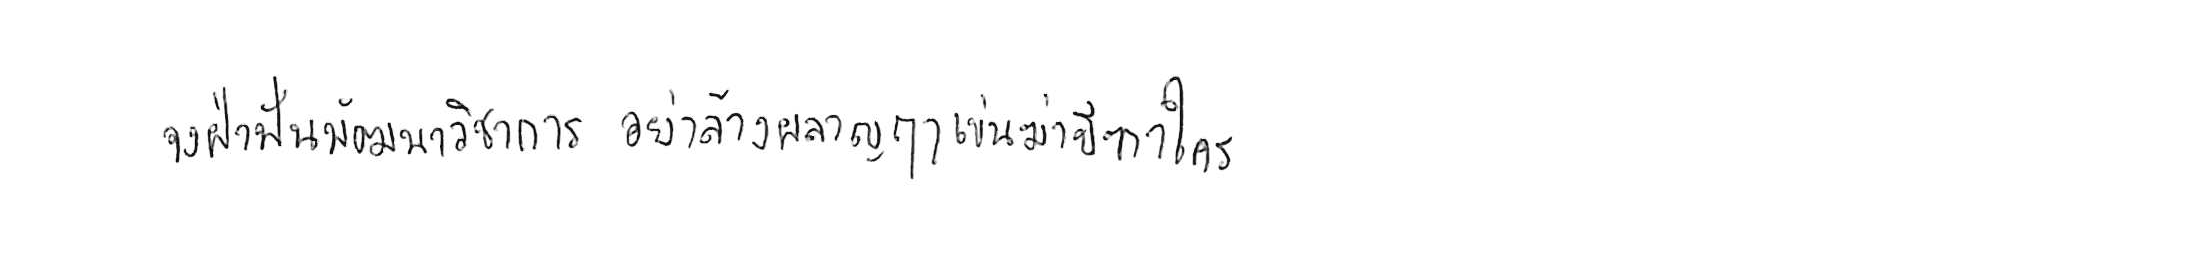
จงฝ่าฟันพัฒนาวิชาการ อย่าล้างผลาญฤๅเข่นฆ่าบีฑาใคร